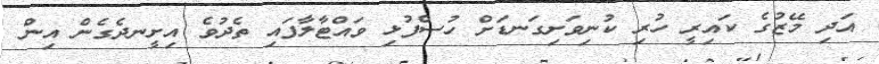
އަދި މޭޒުގެ ކައިރީ ހުރި ކުނިވަށިގަނޑަށް ހުސްފުޅި ވައްޓާލާފައި ތެދުވެ އިށީނދެގެން އިން